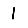
Digit: 1